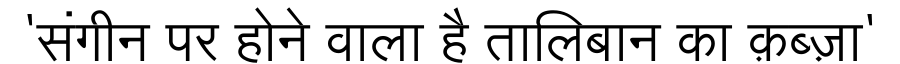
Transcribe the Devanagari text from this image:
'संगीन पर होने वाला है तालिबान का क़ब्ज़ा'